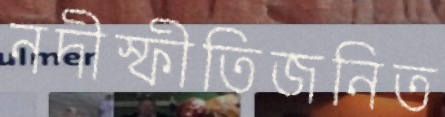
নদীস্ফীতিজনিত